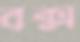
বক্স